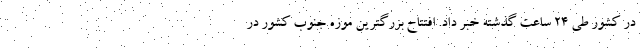
در کشور طی ۲۴ ساعت گذشته خبر داد. افتتاح بزرگترین موزه جنوب کشور در